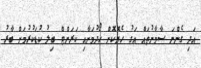
އަދި ގެންނަ ސާމާނުތައް އަގު ހެޔޮކޮށް ހޯދުމަށާއި ކަރަންޓް ބިލު ކުޑަކުރުމަށް ބާރު